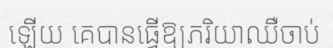
ឡើយ គេបានធ្វើឱ្យភរិយាឈឺចាប់